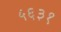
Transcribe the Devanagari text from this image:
५६३१